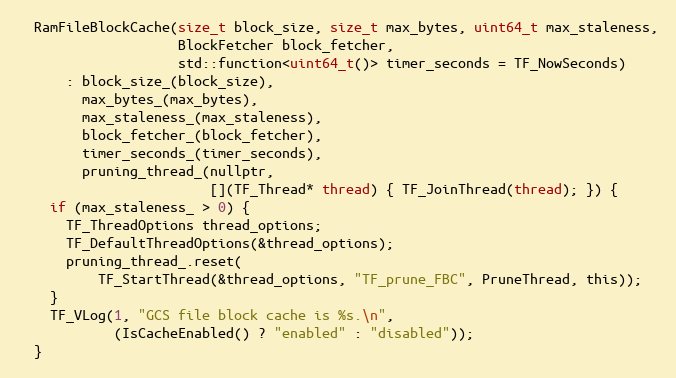
Language: C
  RamFileBlockCache(size_t block_size, size_t max_bytes, uint64_t max_staleness,
                    BlockFetcher block_fetcher,
                    std::function<uint64_t()> timer_seconds = TF_NowSeconds)
      : block_size_(block_size),
        max_bytes_(max_bytes),
        max_staleness_(max_staleness),
        block_fetcher_(block_fetcher),
        timer_seconds_(timer_seconds),
        pruning_thread_(nullptr,
                        [](TF_Thread* thread) { TF_JoinThread(thread); }) {
    if (max_staleness_ > 0) {
      TF_ThreadOptions thread_options;
      TF_DefaultThreadOptions(&thread_options);
      pruning_thread_.reset(
          TF_StartThread(&thread_options, "TF_prune_FBC", PruneThread, this));
    }
    TF_VLog(1, "GCS file block cache is %s.\n",
            (IsCacheEnabled() ? "enabled" : "disabled"));
  }